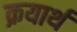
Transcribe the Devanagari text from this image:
क्रयार्थ